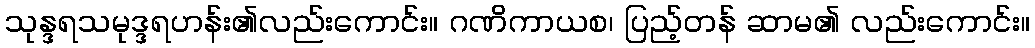
သုန္ဒရသမုဒ္ဒရဟန်း၏လည်းကောင်း။ ဂဏိကာယစ၊ ပြည့်တန် ဆာမ၏ လည်းကောင်း။